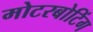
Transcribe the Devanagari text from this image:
मोटरबोटिंग